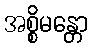
အစ္စိမန္တော